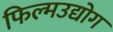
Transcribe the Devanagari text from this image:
फिल्मउद्योग